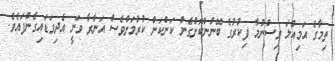
ތިމާގެ އަމިއްލަ ވިސްނުމާ ފިކުރުގެ ބޭނުންކޮށްގެން ކަންކަން ކުރުމަށްވެސް އަނާރާ ވަނީ އެދިވަޑައިގެންފައެވެ.